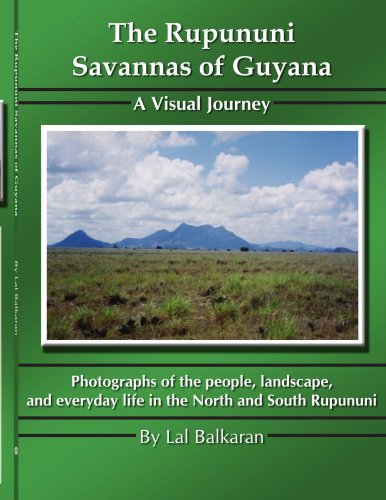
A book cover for The Rupununi Savannas of Guyana: A Visual Journey; Lal Balkaran; Travel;